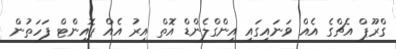
ގްރޫޕް އެޗްގެ އެއް ވަނައިގައި އިންގްލެންޑް އޮތް އިރު އެއް ޕޮއިންޓް ފަހަތުން